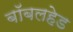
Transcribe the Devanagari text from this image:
बॉबलहेड